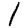
Digit: 1